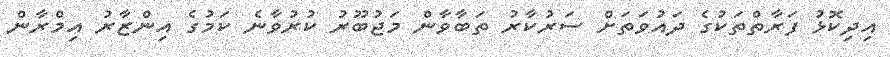
އިދިކޮޅު ފަރާތްތަކުގެ ދައުވަތަށް ސަރުކާރު ތަބާވާން މަޖުބޫރު ކުރުވާނެ ކަމުގެ އިންޒާރު އިމްރާން